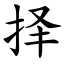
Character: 择